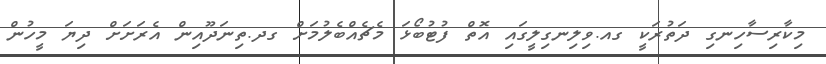
މިކާރިސާހިނގި ދަތުރަކީ ގއ.ވިލިނގިލީގައި އޮތް ފުޓުބޯޅަ މެޗެއްބެލުމަށް ގދ.ތިނަދޫއިން އެރަށަށް ދިޔަ މީހުން